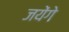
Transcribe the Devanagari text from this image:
जयेंगे